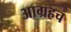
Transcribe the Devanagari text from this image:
आग्रहच